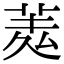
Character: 𦲃